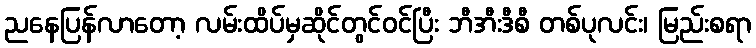
ညနေပြန်လာတော့ လမ်းထိပ်မှဆိုင်တွင်ဝင်ပြီး ဘီအီးဒီစီ တစ်ပုလင်း၊ မြည်းစရာ